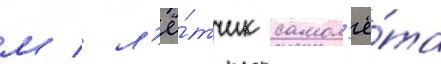
м / л'ё́тчик самол'ё́та